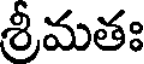
శ్రీమతః